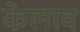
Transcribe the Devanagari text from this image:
केलाव